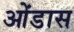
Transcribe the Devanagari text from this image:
ओंडास